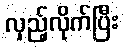
လှည့်လိုက်ပြီး